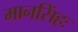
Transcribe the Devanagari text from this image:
मानसिंहः